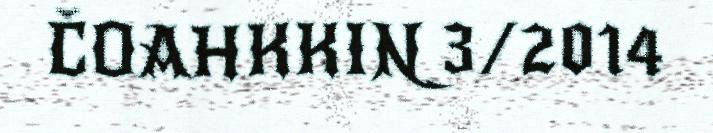
ČOAHKKIN 3/2014